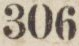
306